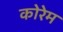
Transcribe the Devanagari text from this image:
कोरेम